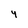
Character: 4